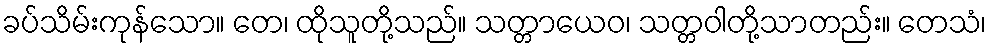
ခပ်သိမ်းကုန်သော။ တေ၊ ထိုသူတို့သည်။ သတ္တာယေဝ၊ သတ္တဝါတို့သာတည်း။ တေသံ၊